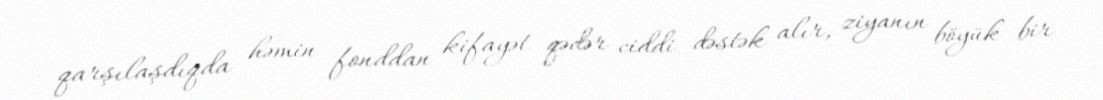
qarşılaşdıqda həmin fonddan kifayət qədər ciddi dəstək alır, ziyanın böyük bir